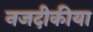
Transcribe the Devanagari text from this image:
नजदीकीया